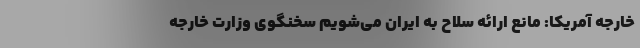
خارجه آمریکا: مانع ارائه سلاح به ایران می‌شویم سخنگوی وزارت خارجه